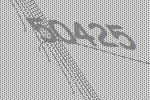
50425